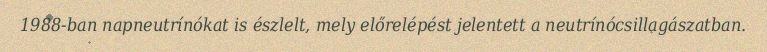
1988-ban napneutrínókat is észlelt, mely előrelépést jelentett a neutrínócsillagászatban.